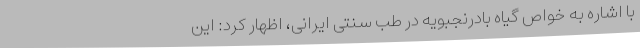
با اشاره به خواص گیاه بادرنجبویه در طب سنتی ایرانی، اظهار کرد: این